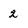
Character: 2